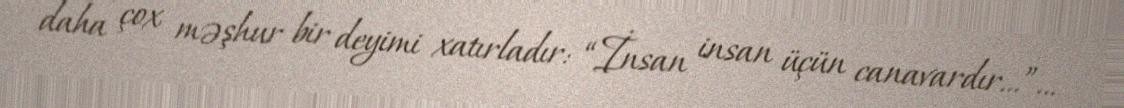
daha çox məşhur bir deyimi xatırladır: “İnsan insan üçün canavardır...”...